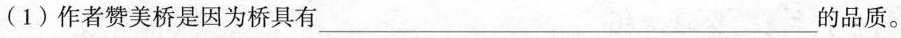
(1)作者赞美桥是因为桥具有___ 的品质。